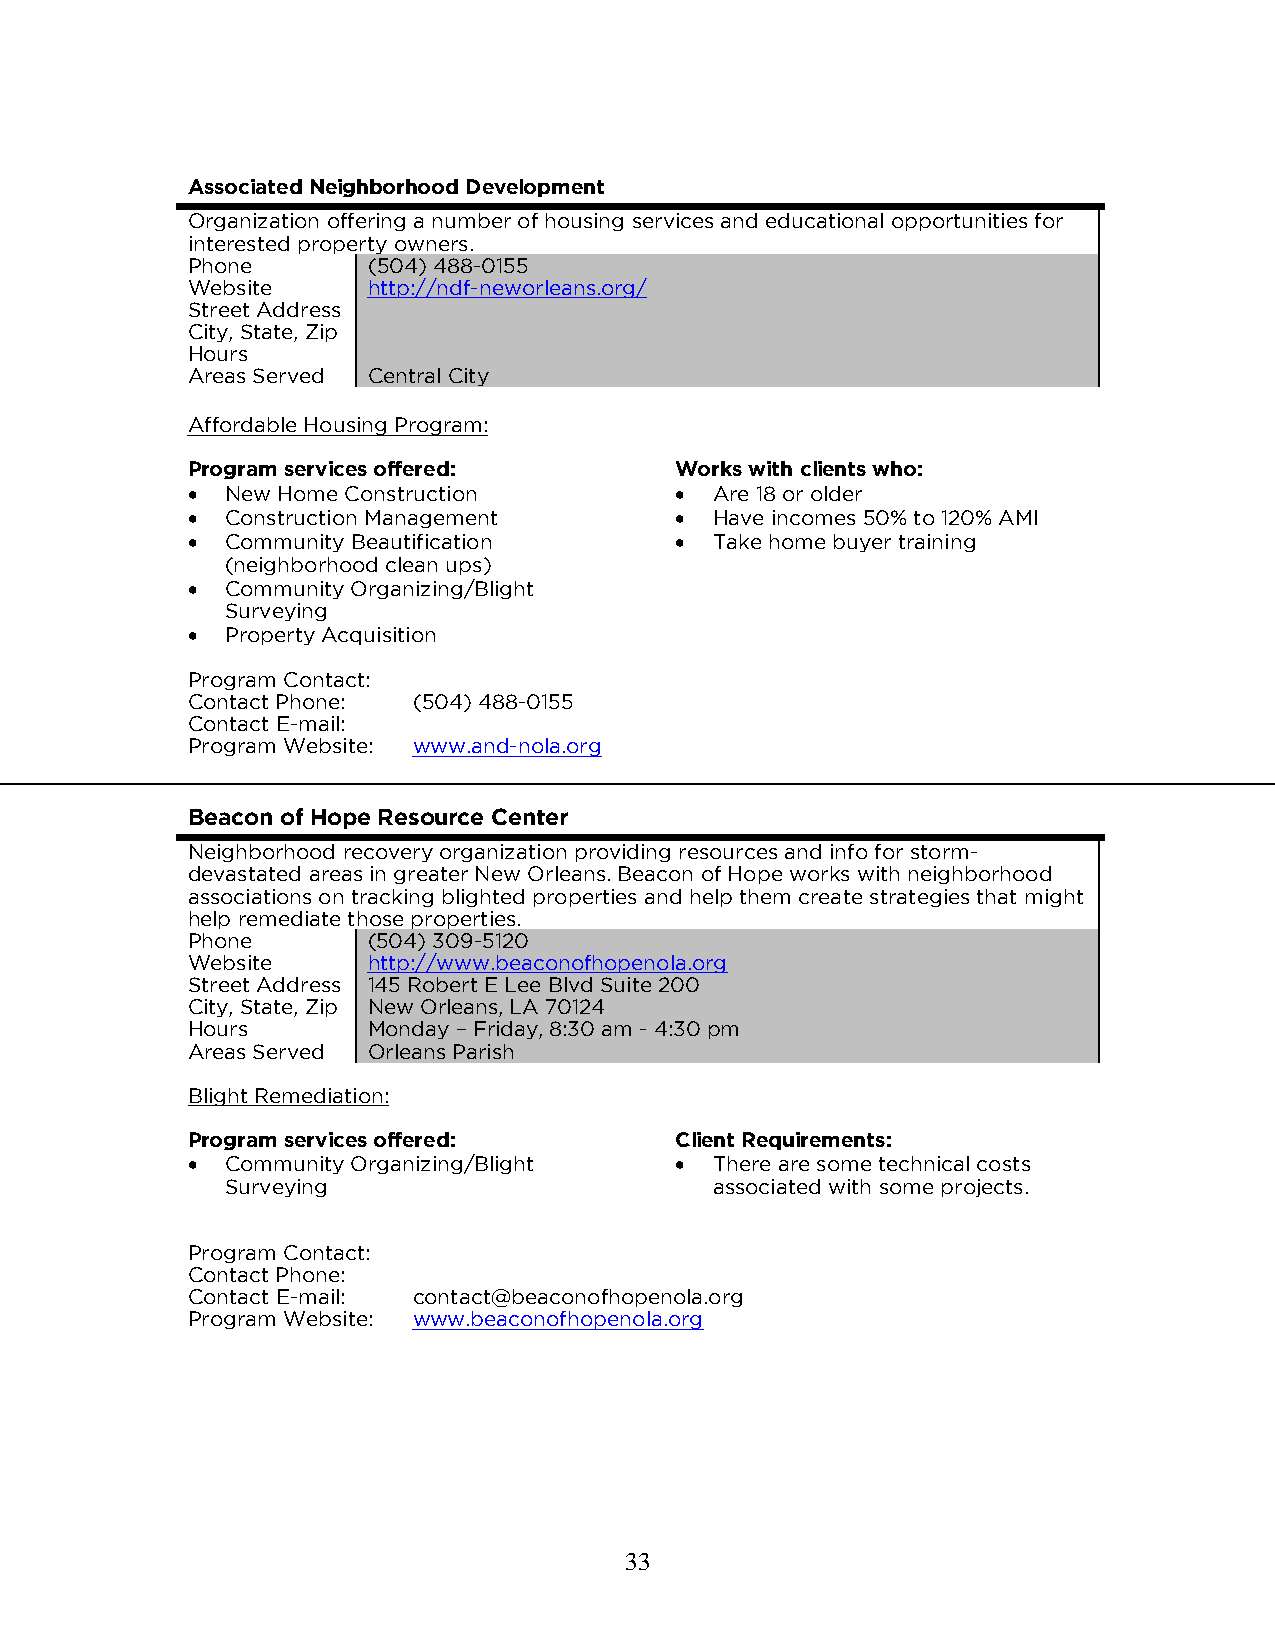
Associated Neighborhood Development
 Organization offering a number of housing services and educational opportunities for
 interested property owners.
 Phone       (504) 488-0155
 Website     http://ndf-neworleans.org/
 Street Address
 City, State, Zip
 Hours
 Areas Served Central City
 Affordable Housing Program:
 Program services offered:        Works with clients who:
   New Home Construction          Are 18 or older
   Construction Management        Have incomes 50% to 120% AMI
   Community Beautification       Take home buyer training
 (neighborhood clean ups)
   Community Organizing/Blight
 Surveying
   Property Acquisition
 Program Contact:
 Contact Phone: (504) 488-0155
 Contact E-mail:
 Program Website: www.and-nola.org
 Beacon of Hope Resource Center
 Neighborhood recovery organization providing resources and info for storm-
 devastated areas in greater New Orleans. Beacon of Hope works with neighborhood
 associations on tracking blighted properties and help them create strategies that might
 help remediate those properties.
 Phone       (504) 309-5120
 Website     http://www.beaconofhopenola.org
 Street Address 145 Robert E Lee Blvd Suite 200
 City, State, Zip New Orleans, LA 70124
 Hours       Monday – Friday, 8:30 am - 4:30 pm
 Areas Served Orleans Parish
 Blight Remediation:
 Program services offered:        Client Requirements:
   Community Organizing/Blight    There are some technical costs
 Surveying                       associated with some projects.
 Program Contact:
 Contact Phone:
 Contact E-mail: contact@beaconofhopenola.org
 Program Website: www.beaconofhopenola.org
 33